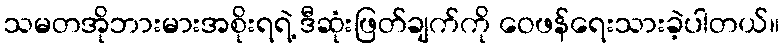
သမတအိုဘားမားအစိုးရရဲ့ ဒီဆုံးဖြတ်ချက်ကို ဝေဖန်ရေးသားခဲ့ပါတယ်။